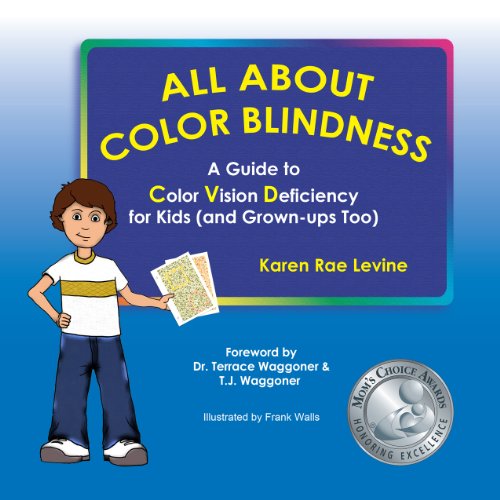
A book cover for All About Color Blindness: A Guide to Color Vision Deficiency for Kids (and Grown-ups Too); Karen Rae Levine; Health, Fitness & Dieting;